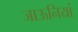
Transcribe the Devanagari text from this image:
जाऊनियां